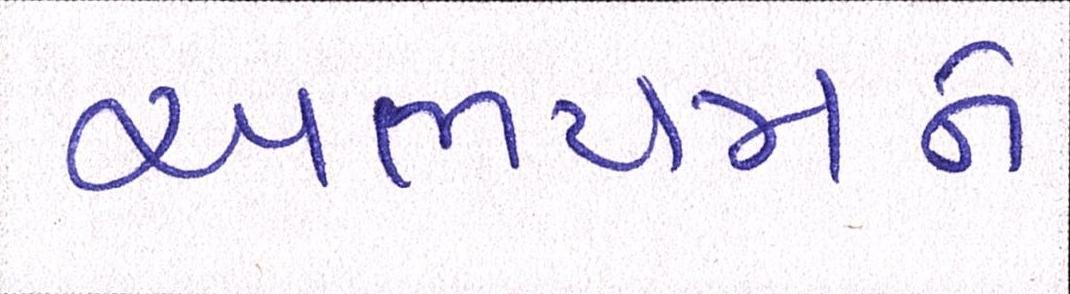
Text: અભયમને